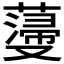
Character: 𮑵